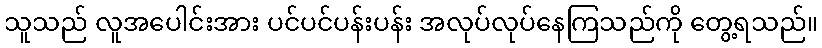
သူသည် လူအပေါင်းအား ပင်ပင်ပန်းပန်း အလုပ်လုပ်နေကြသည်ကို တွေ့ရသည်။